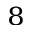
^ { 8 }